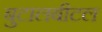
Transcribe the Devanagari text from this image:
बुटालबीटल